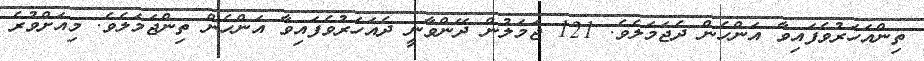
ތިންއަހަރުވެފައިވާ އަންހެން ދެޖަމަލެވެ. 121 ޖަމަލުން ދޭންވާނީ ދެއަހަރުވެފައިވާ އަންހެން ތިންޖަމަލެވެ. މިއަށްވުރެ